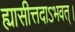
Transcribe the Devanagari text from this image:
ह्यासीत्तदाऽभवत्।